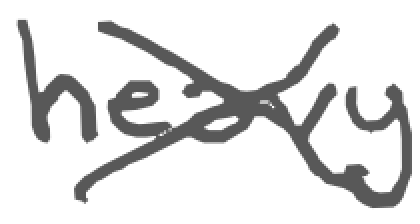
Text: heavy
Cross-out: cross
Writing tool: digital_gray